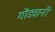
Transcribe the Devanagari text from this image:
गोंडवानी